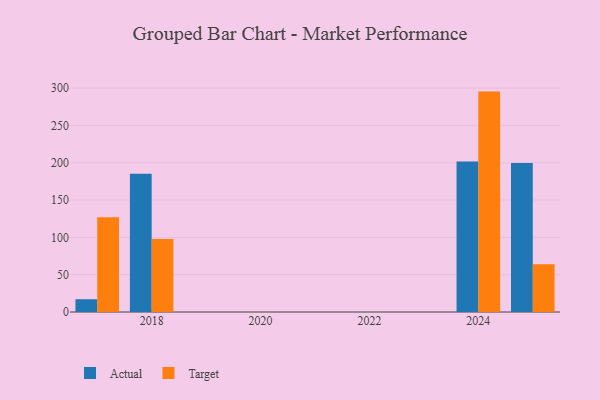
{"axis": {"x": "Year", "y": "Page Views"}, "legend": ["Actual", "Target"], "data": [{"x": "2018", "y": 185.3, "type": "Actual"}, {"x": "2018", "y": 97.9, "type": "Target"}, {"x": "2025", "y": 199.5, "type": "Actual"}, {"x": "2025", "y": 63.9, "type": "Target"}, {"x": "2017", "y": 17.1, "type": "Actual"}, {"x": "2017", "y": 126.8, "type": "Target"}, {"x": "2024", "y": 201.5, "type": "Actual"}, {"x": "2024", "y": 295.3, "type": "Target"}]}